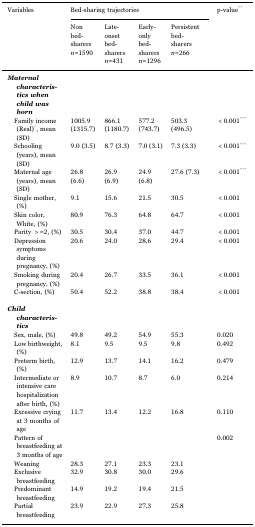
<table><thead><tr><td rowspan="2"><b>Variables</b></td><td colspan="4"><b>Bed-sharing trajectories</b></td><td rowspan="2"><b>p-value**</b></td></tr><tr><td><b>Non bed-sharers <i>n</i>=1590</b></td><td><b>Late-onset bed-sharers <i>n</i>=431</b></td><td><b>Early-only bed-sharers <i>n</i>=1296</b></td><td><b>Persistent bed-sharers <i>n</i>=266</b></td></tr></thead><tbody><tr><td><i><b>Maternal characteristics when child was born</b></i></td><td>[EMPTY_CELL]</td><td>[EMPTY_CELL]</td><td>[EMPTY_CELL]</td><td>[EMPTY_CELL]</td><td>[EMPTY_CELL]</td></tr><tr><td> Family income (Real)*, mean (SD)</td><td>1005.9 (1315.7)</td><td>866.1 (1180.7)</td><td>577.2 (743.7)</td><td>503.3 (496.5)</td><td>&lt;0.001***</td></tr><tr><td> Schooling (years), mean (SD)</td><td>9.0 (3.5)</td><td>8.7 (3.3)</td><td>7.0 (3.1)</td><td>7.3 (3.3)</td><td>&lt;0.001***</td></tr><tr><td> Maternal age (years), mean (SD)</td><td>26.8 (6.6)</td><td>26.9 (6.9)</td><td>24.9 (6.8)</td><td>27.6 (7.3)</td><td>&lt;0.001***</td></tr><tr><td> Single mother, (%)</td><td>9.1</td><td>15.6</td><td>21.5</td><td>30.5</td><td>&lt;0.001</td></tr><tr><td> Skin color, White, (%)</td><td>80.9</td><td>76.3</td><td>64.8</td><td>64.7</td><td>&lt;0.001</td></tr><tr><td> Parity &gt;=2, (%)</td><td>30.5</td><td>30.4</td><td>37.0</td><td>44.7</td><td>&lt;0.001</td></tr><tr><td> Depression symptoms during pregnancy, (%)</td><td>20.6</td><td>24.0</td><td>28.6</td><td>29.4</td><td>&lt;0.001</td></tr><tr><td> Smoking during pregnancy, (%)</td><td>20.4</td><td>26.7</td><td>33.5</td><td>36.1</td><td>&lt;0.001</td></tr><tr><td> C-section, (%)</td><td>50.4</td><td>52.2</td><td>38.8</td><td>38.4</td><td>&lt;0.001</td></tr><tr><td colspan="6">[EMPTY_CELL]</td></tr><tr><td><i><b>Child characteristics</b></i></td><td>[EMPTY_CELL]</td><td>[EMPTY_CELL]</td><td>[EMPTY_CELL]</td><td>[EMPTY_CELL]</td><td>[EMPTY_CELL]</td></tr><tr><td> Sex, male, (%)</td><td>49.8</td><td>49.2</td><td>54.9</td><td>55.3</td><td>0.020</td></tr><tr><td> Low birthweight, (%)</td><td>8.1</td><td>9.5</td><td>9.5</td><td>9.8</td><td>0.492</td></tr><tr><td> Preterm birth, (%)</td><td>12.9</td><td>13.7</td><td>14.1</td><td>16.2</td><td>0.479</td></tr><tr><td> Intermediate or intensive care hospitalization after birth, (%)</td><td>8.9</td><td>10.7</td><td>8.7</td><td>6.0</td><td>0.214</td></tr><tr><td> Excessive crying at 3 months of age</td><td>11.7</td><td>13.4</td><td>12.2</td><td>16.8</td><td>0.110</td></tr><tr><td> Pattern of breastfeeding at 3 months of age</td><td>[EMPTY_CELL]</td><td>[EMPTY_CELL]</td><td>[EMPTY_CELL]</td><td>[EMPTY_CELL]</td><td>0.002</td></tr><tr><td> Weaning</td><td>28.3</td><td>27.1</td><td>23.3</td><td>23.1</td><td>[EMPTY_CELL]</td></tr><tr><td> Exclusive breastfeeding</td><td>32.9</td><td>30.8</td><td>30.0</td><td>29.6</td><td>[EMPTY_CELL]</td></tr><tr><td> Predominant breastfeeding</td><td>14.9</td><td>19.2</td><td>19.4</td><td>21.5</td><td>[EMPTY_CELL]</td></tr><tr><td> Partial breastfeeding</td><td>23.9</td><td>22.9</td><td>27.3</td><td>25.8</td><td>[EMPTY_CELL]</td></tr></tbody></table>